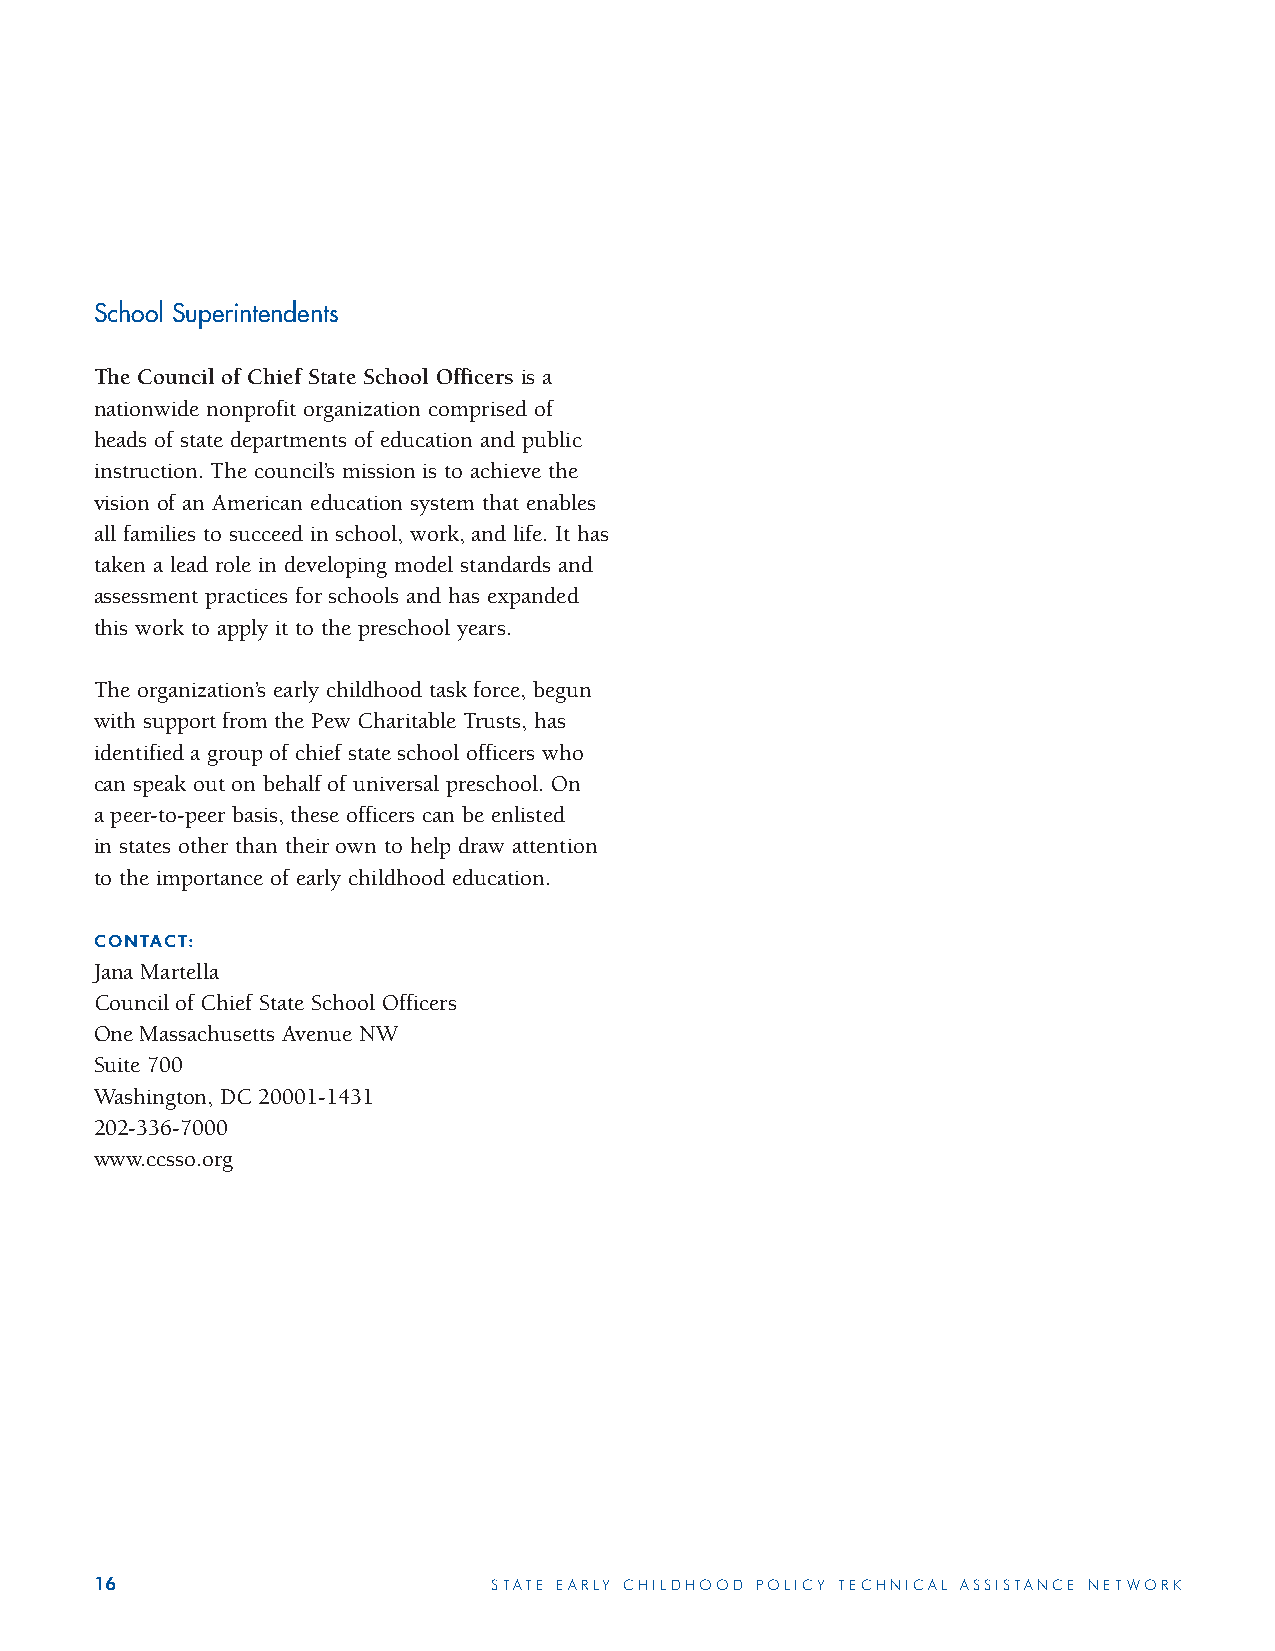
School Superintendents
 The Council of Chief State School Officers is a
 nationwide nonprofit organization comprised of
 heads of state departments of education and public
 instruction. The council’s mission is to achieve the
 vision of an American education system that enables
 all families to succeed in school, work, and life. It has
 taken a lead role in developing model standards and
 assessment practices for schools and has expanded
 this work to apply it to the preschool years.
 The organization’s early childhood task force, begun
 with support from the Pew Charitable Trusts, has
 identified a group of chief state school officers who
 can speak out on behalf of universal preschool. On
 a peer-to-peer basis, these officers can be enlisted
 in states other than their own to help draw attention
 to the importance of early childhood education.
 CONTACT:
 Jana Martella
 Council of Chief State School Officers
 One Massachusetts Avenue NW
 Suite 700
 Washington, DC 20001-1431
 202-336-7000
 www.ccsso.org
 16                         STATE EARLY CHILDHOOD POLICY TECHNICAL ASSISTANCE NETWORK